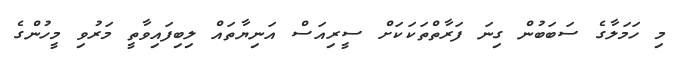
މި ހަމަލާގެ ސަބަބުން ގިނަ ފަރާތްތަކަކަށް ސީރިއަސް އަނިޔާތައް ލިބިފައިވާތީ މަރުވި މީހުންގެ